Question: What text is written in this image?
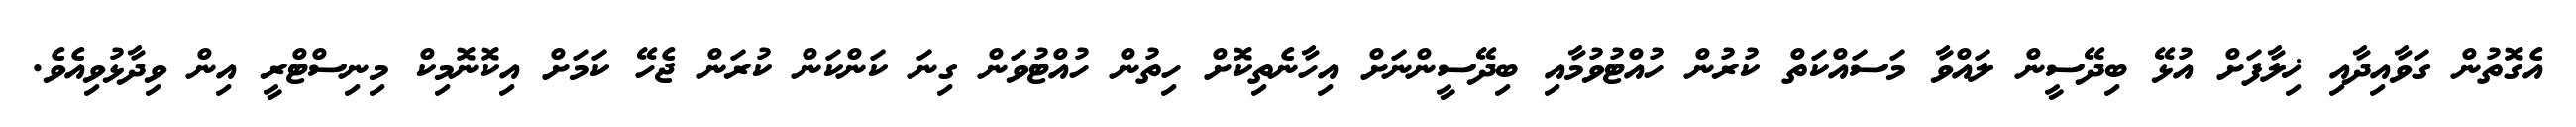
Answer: އެގޮތުން ގަވާއިދާއި ޚިލާފަށް އުޅޭ ބިދޭސީން ލައްވާ މަސައްކަތް ކުރުން ހުއްޓުވުމާއި ބިދޭސީންނަށް އިހާނެތިކޮށް ހިތުން ހުއްޓުވަން ގިނަ ކަންކަން ކުރަން ޖެހޭ ކަމަށް އިކޮނޮމިކް މިނިސްޓްރީ އިން ވިދާޅުވިއެވެ.